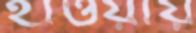
হাওয়ায়